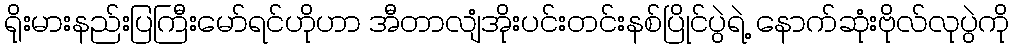
ရိုးမားနည်းပြကြီးမော်ရင်ဟိုဟာ အီတာလျံအိုးပင်းတင်းနစ်ပြိုင်ပွဲရဲ့ နောက်ဆုံးဗိုလ်လုပွဲကို